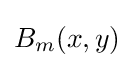
B_{m}(x,y)